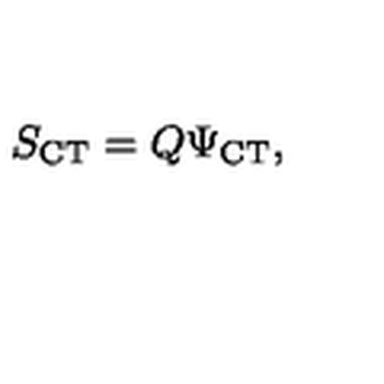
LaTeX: S _ { \mathrm { C T } } = Q \Psi _ { \mathrm { C T } } ,